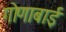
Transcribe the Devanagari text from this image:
गोणाबाई